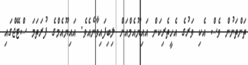
ތަންތަނުން ވެސް އެކި ވަރުގެ އެހީތެރިކަން އައިޔޫއެމްއަށް ލިބިފައިވާނެއެވެ. އައިޔޫއެމްގެ ފުރަތަމަ ސްޓޭޖްގައި